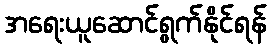
အရေးယူဆောင်ရွက်နိုင်ရန်